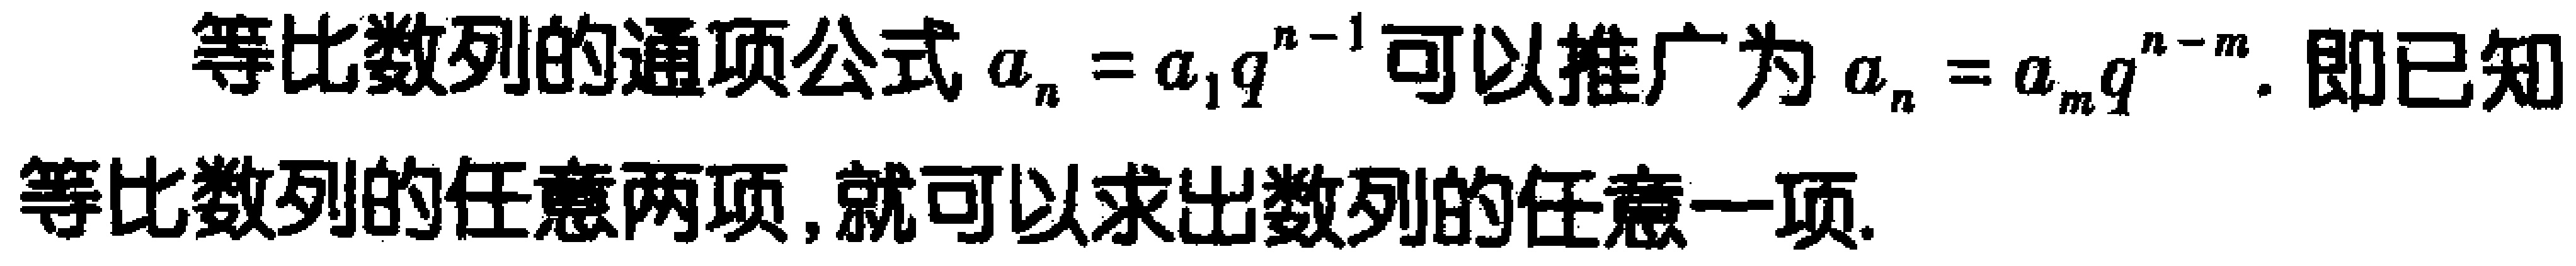
等比数列的通项公式\(a_{n}=a_{1}q^{n - 1}\)可以推广为\(a_{n}=a_{m}q^{n - m}\). 即已知等比数列的任意两项, 就可以求出数列的任意一项.